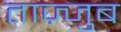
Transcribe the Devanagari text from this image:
ताज़्जुब